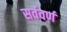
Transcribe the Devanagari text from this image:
सर्ववर्ण